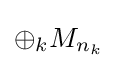
\oplus _{k}M_{n_{k}}